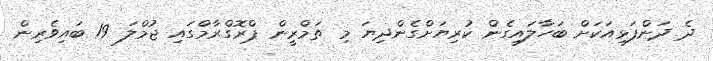
ދެ ދަންފަޅިއަކަށް ބަހާލައިގެން ކުރިޔަށްގެންދިޔަ މި ތަމްރީން ޕްރޮގްރާމްގައި ޖުމްލަ 19 ބައިވެރިން